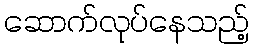
ဆောက်လုပ်နေသည့်